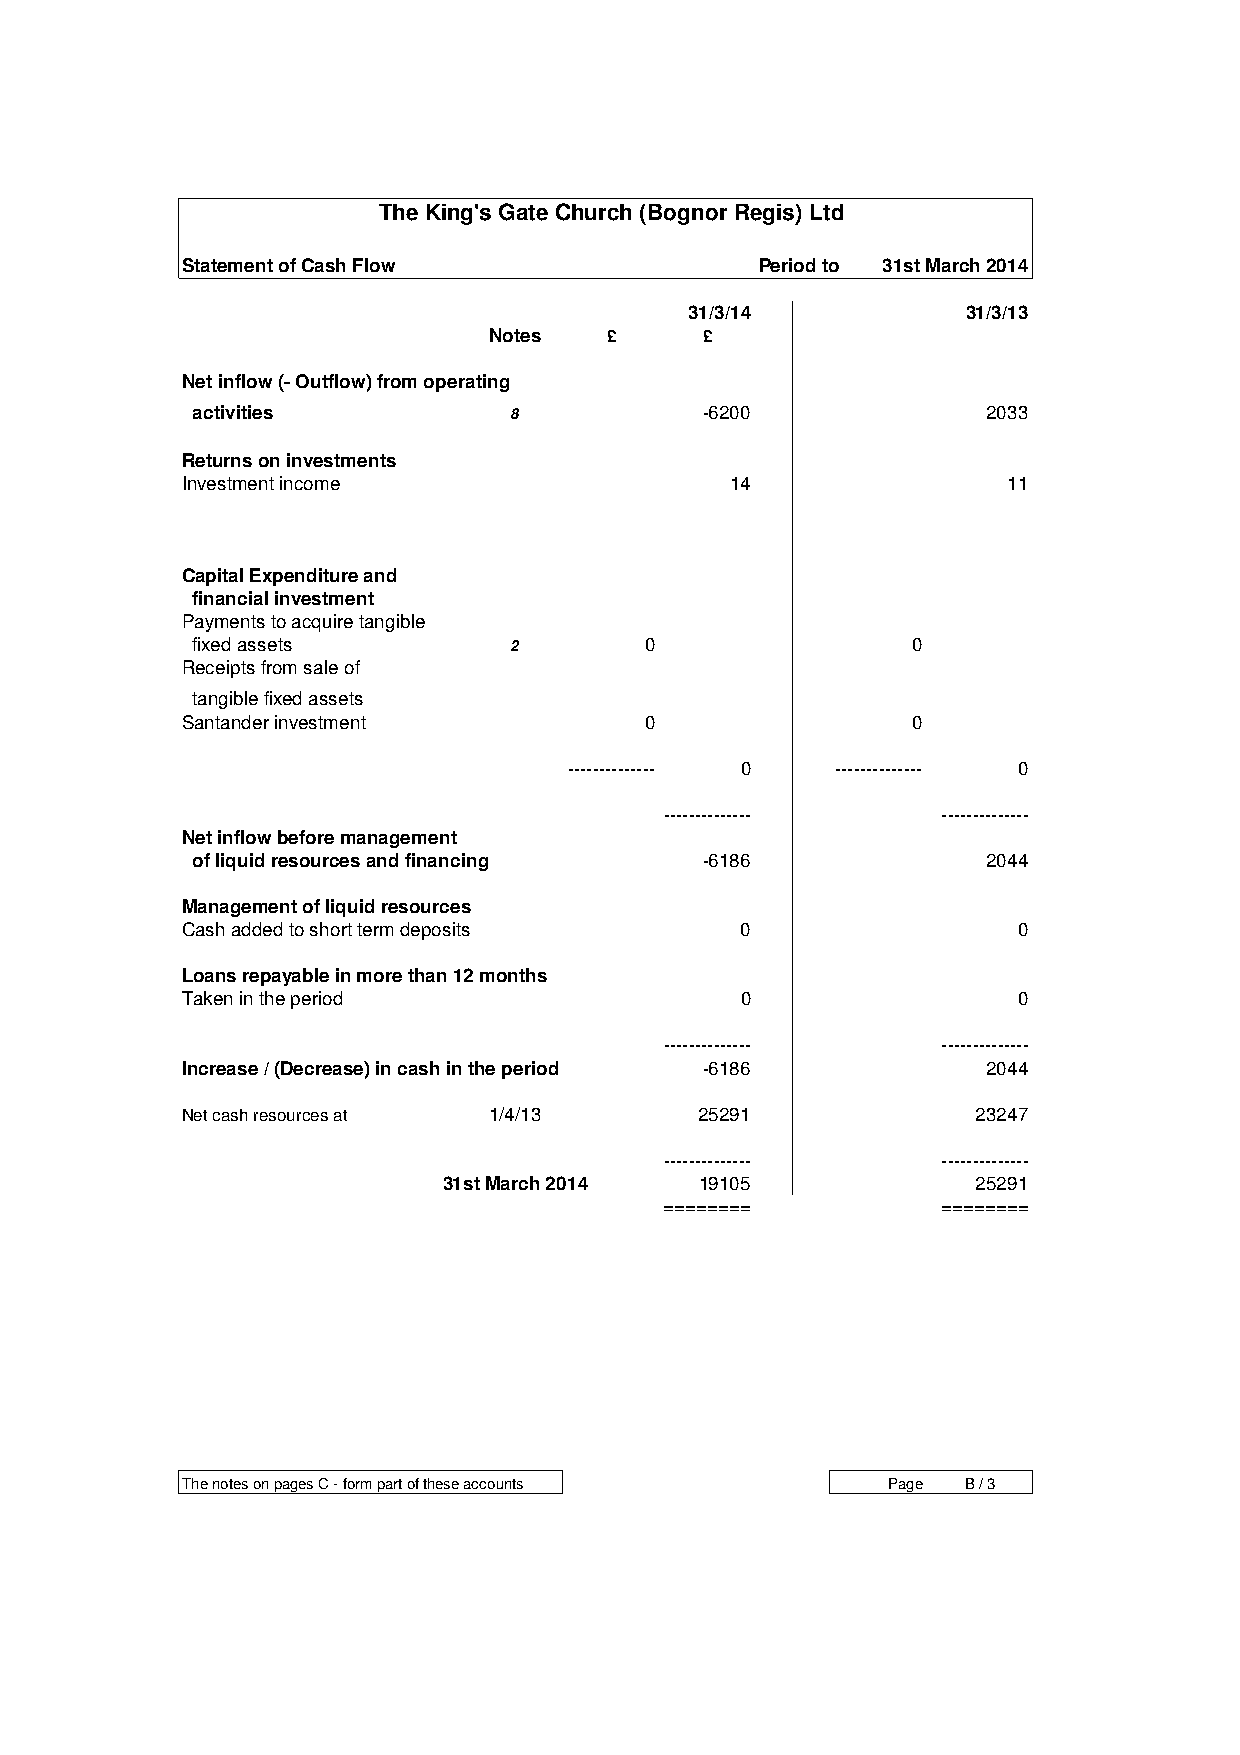
The King's Gate Church (Bognor Regis) Ltd
 Statement of Cash Flow                Period to 31st March 2014
 31/3/14           31/3/13
 Notes   £      £
 Net inflow (- Outflow) from operating
 activities           8            -6200             2033
 Returns on investments
 Investment income                   14                 11
 Capital Expenditure and
 financial investment
 Payments to acquire tangible
 fixed assets         2        0                0
 Receipts from sale of
 tangible fixed assets
 Santander investment           0                0
 -------------- 0 -------------- 0
 --------------    --------------
 Net inflow before management
 of liquid resources and financing -6186             2044
 Management of liquid resources
 Cash added to short term deposits    0                 0
 Loans repayable in more than 12 months
 Taken in the period                  0                 0
 --------------    --------------
 Increase / (Decrease) in cash in the period -6186    2044
 Net cash resources at 1/4/13      25291              23247
 --------------    --------------
 31st March 2014  19105              25291
 ========          ========
 The notes on pages C - form part of these accounts Page B / 3